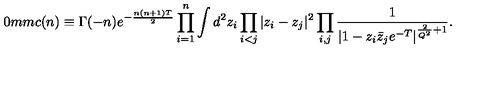
\hspace { - 2 0 m m } c ( n ) \equiv \Gamma ( - n ) e ^ { - { \frac { n ( n + 1 ) T } { 2 } } } \prod _ { i = 1 } ^ { n } \int d ^ { 2 } z _ { i } \prod _ { i < j } | z _ { i } - z _ { j } | ^ { 2 } \prod _ { i , j } { \frac { 1 } { | 1 - z _ { i } \bar { z } _ { j } e ^ { - T } | ^ { { \frac { 2 } { Q ^ { 2 } } } + 1 } } } .